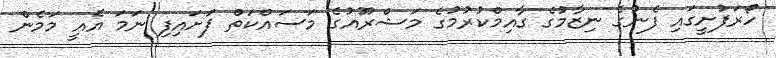
ހޯރަފުށީގައި ފެނުގެ ނިޒާމުގެ ގާއިމްކުރުމުގެ މަޝްރޫއުގެ މަސައްކަތް ފަށައިފި ނަމަ އެއީ މަމެން